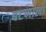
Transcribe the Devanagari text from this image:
बटणाला